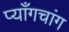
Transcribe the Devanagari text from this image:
प्याँगचांग